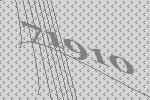
71910